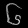
Digit: ၆